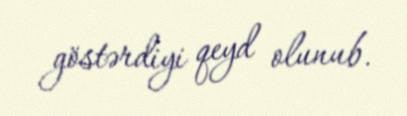
göstərdiyi qeyd olunub.